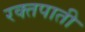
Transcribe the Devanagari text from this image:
रक्तपाती